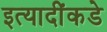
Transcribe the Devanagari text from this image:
इत्यादींकडे